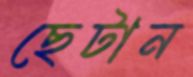
ছেটান